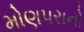
મોણપરાનો